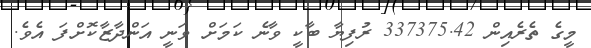
މީގެ ތެރެއިން 337375.42 ރުފިޔާ ބާކީ ވާނެ ކަމަށް ވަނީ އަންދާޒާކޮށްފަ އެވެ.